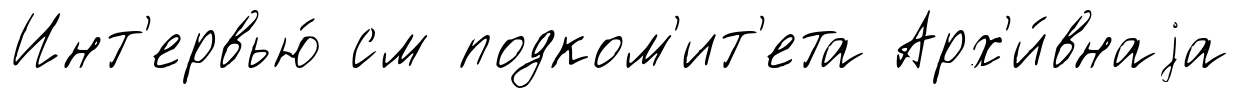
Инт'ервью́ см подком'ит'ета Арх'и́внаjа